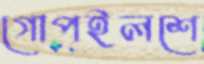
গোপইলশে